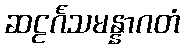
ဆဠင်္ဂသမန္နာဂတံ